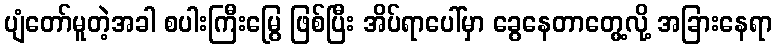
ပျံတော်မူတဲ့အခါ စပါးကြီးမြွေ ဖြစ်ပြီး အိပ်ရာပေါ်မှာ ခွေနေတာတွေ့လို့ အခြားနေရာ